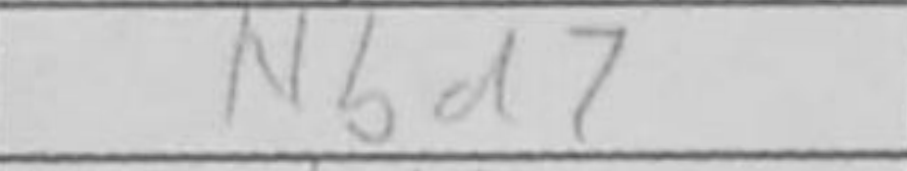
Transcription: Nbd7